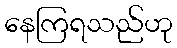
နေကြရသည်ဟု